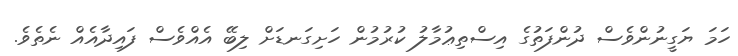
ހަމަ ޔަގީނުންވެސް ދުންފަތުގެ އިސްތިޢުމާލު ކުރުމުން ހަށިގަނޑަށް ލިބޭ އެއްވެސް ފައިދާއެއް ނެތެވެ.